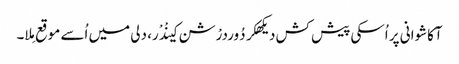
آکاشوانی پر اُسکی پیش کش دیکھکر دُوردرْشن کینْدْر، دلی میں اُسے موقع مِلا۔